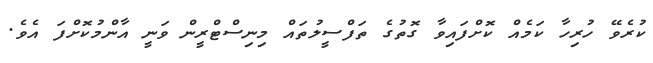
ކުރެވޭ ހުރިހާ ކަމެއް ކޮށްފައިވާ ގޮތުގެ ތަފްސީލުތައް މިނިސްޓްރީން ވަނީ އާންމުކޮށްފަ އެވެ.